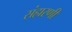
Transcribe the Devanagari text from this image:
संहारणी